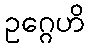
ဥဂ္ဂေဟိ